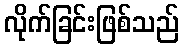
လိုက်ခြင်းဖြစ်သည်